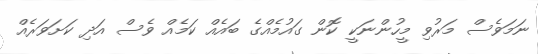
ނަމަވެސް މަރުވި މީހުންނަކީ ކޮން ގައުމެއްގެ ބައެއް ކަމެއް ވެސް އަދި ކަށަވަރެއް